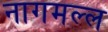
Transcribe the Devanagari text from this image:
नागमल्ल